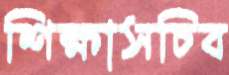
শিক্ষাসচিব